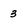
Character: 3